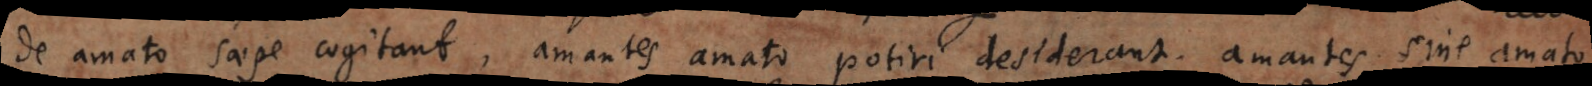
de amato saepe cogitant, amantes amato potiri desiderant; amantes sine amato